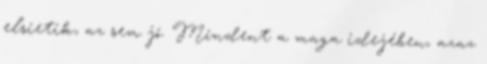
elsietik, az sem jó. Mindent a maga idejében, azaz